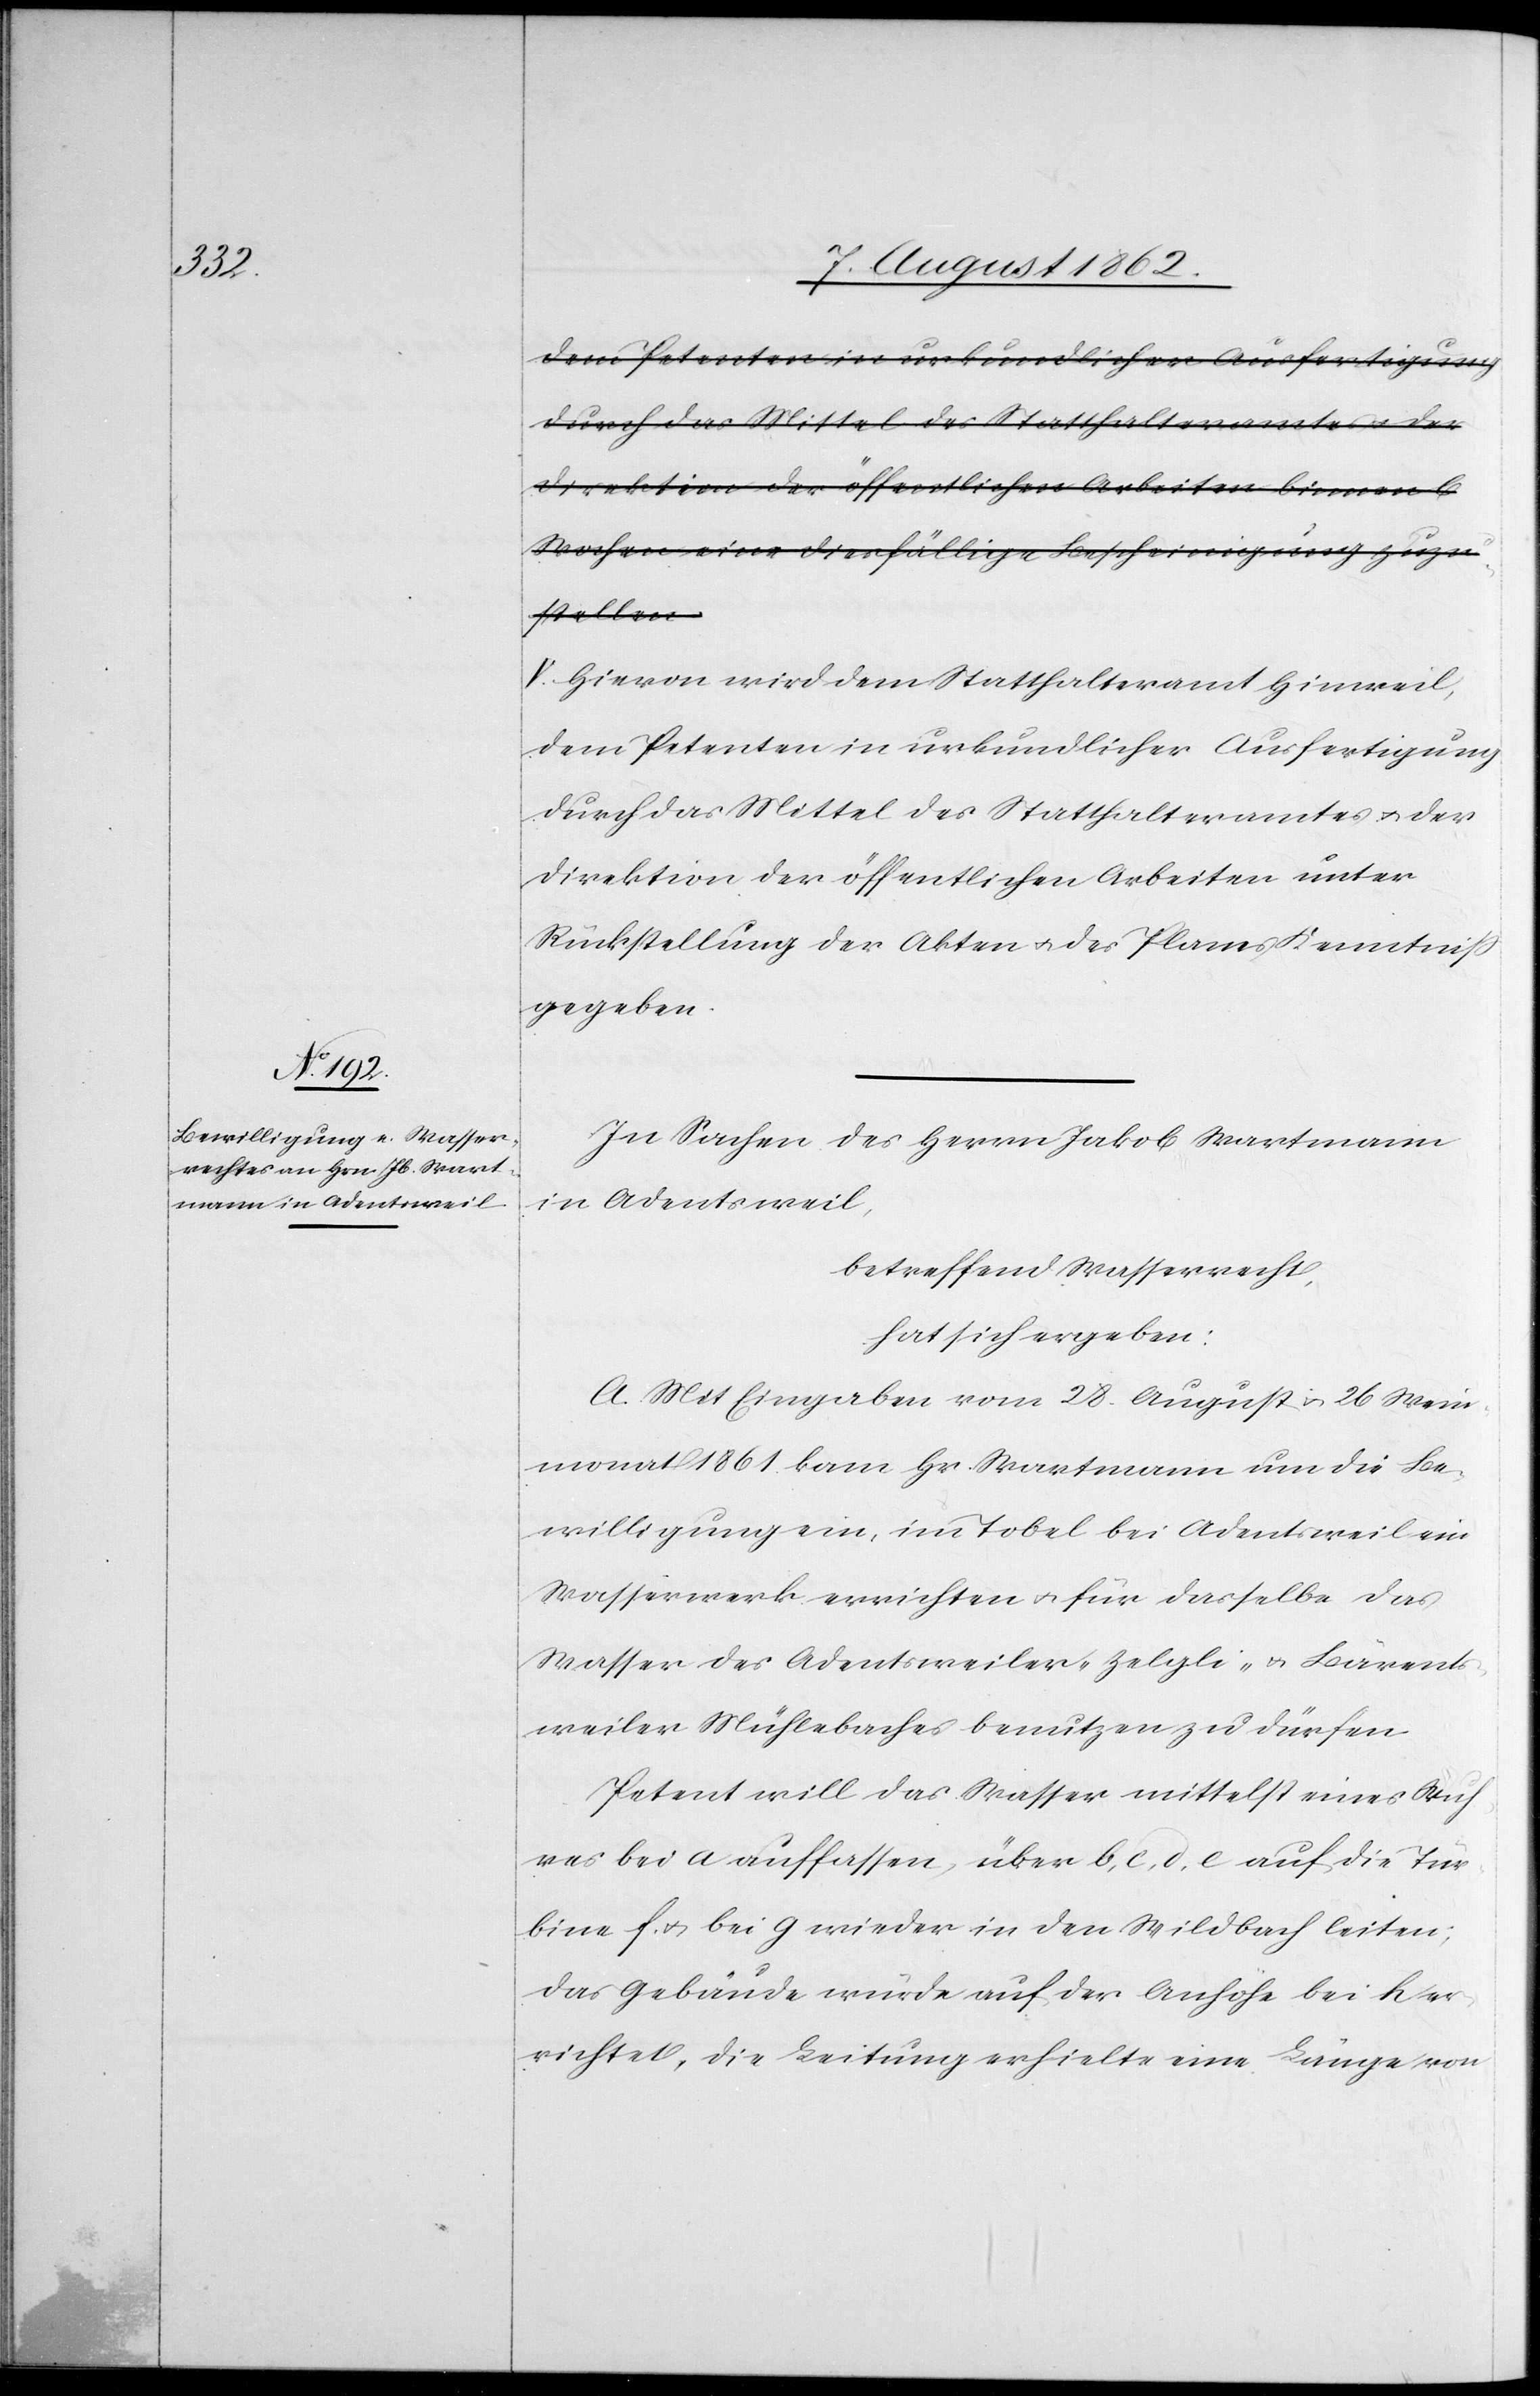
Direktion der öffentlichen Arbeiten binnen
Wochen eine diesfällige Bescheinigung zuzu¬
stellen.
V. Hievon wird dem Statthalteramt Hinweil,
dem Petenten in urkundlicher Ausfertigung
durch das Mittel des Statthalteramtes u. der
Direktion der öffentlichen Arbeiten unter
Rückstellung der Akten u. des Planes Kenntniß
gegeben.
In Sachen des Herrn Jakob Wartmann
in Adentsweil,
betreffend Wasserrecht,
hat sich ergeben:
A. Mit Eingaben vom 28. August u. 26. Wein¬
monat 1861 kam Hr. Wartmann um die Be¬
willigung ein, im Tobel bei Adentsweil ein
Wasserwerk errichten u. für dasselbe das
Wasser des Adentsweiler-[,] Zelgli- u. Bärents¬
weiler Mühlebaches benutzen zu dürfen.
Petent will das Wasser mittelst eines Wuh¬
res bei a auffassen, über b, c, d, e auf die Tur¬
bine f u. bei g wieder in den Wildbach leiten;
das Gebäude wurde auf der Anhöhe bei h er¬
richtet, die Leitung erhielte eine Länge von